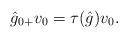
LaTeX: \begin{gather*}\hat{g}_{0+}v_{0}=\tau(\hat g)v_{0}.\end{gather*}